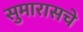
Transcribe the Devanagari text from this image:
सुमारासचे